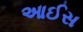
આઈસ